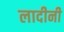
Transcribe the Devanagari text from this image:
लादीनी